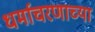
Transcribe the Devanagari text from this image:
धर्माचरणाच्या